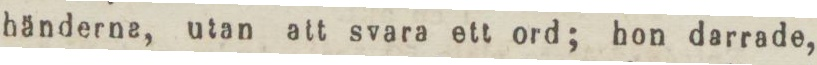
bänderne, utan att svara ett ord; hon darrade,